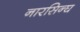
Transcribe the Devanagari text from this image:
नारसिन्घ